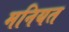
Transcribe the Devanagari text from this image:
मनियत